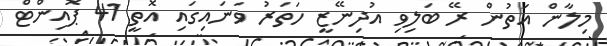
މިލާން އަތުން ރޭ ބަލިވި އުދިނޭޒީ ހަތަރު ވަނައިގައި އޮތީ 41 ޕޮއިންޓް